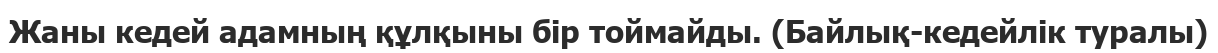
Жаны кедей адамның құлқыны бір тоймайды. (Байлық-кедейлік туралы)